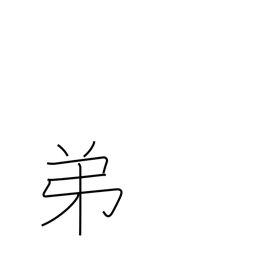
Meaning: younger brother